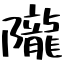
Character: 隴